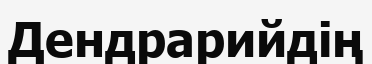
Дендрарийдің